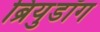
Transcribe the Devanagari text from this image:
ब्रियुडॉग